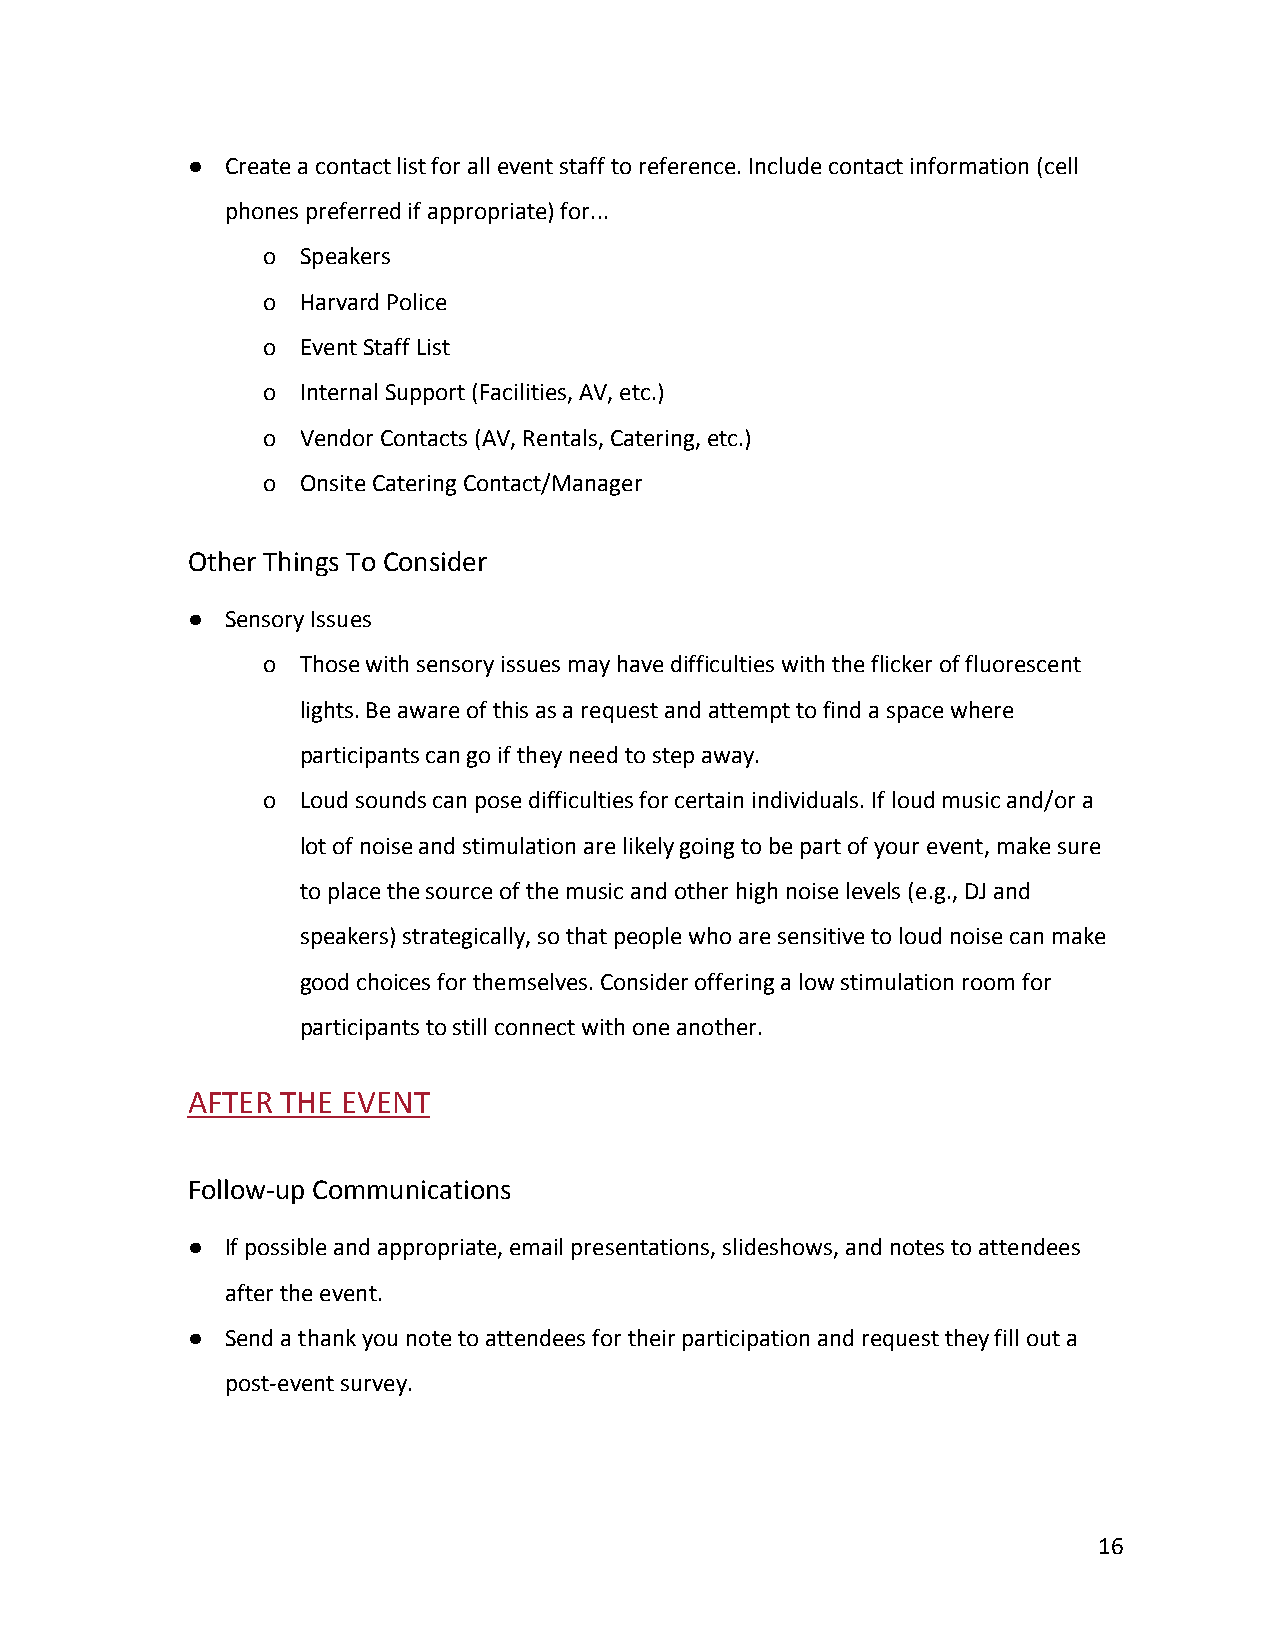
●  Create a contact list for all event staff to reference. Include contact information (cell
 phones preferred if appropriate) for...
 o  Speakers
 o  Harvard Police
 o  Event Staff List
 o  Internal Support (Facilities, AV, etc.)
 o  Vendor Contacts (AV, Rentals, Catering, etc.)
 o  Onsite Catering Contact/Manager
 Other Things To Consider
 ●  Sensory Issues
 o  Those with sensory issues may have difficulties with the flicker of fluorescent
 lights. Be aware of this as a request and attempt to find a space where
 participants can go if they need to step away.
 o  Loud sounds can pose difficulties for certain individuals. If loud music and/or a
 lot of noise and stimulation are likely going to be part of your event, make sure
 to place the source of the music and other high noise levels (e.g., DJ and
 speakers) strategically, so that people who are sensitive to loud noise can make
 good choices for themselves. Consider offering a low stimulation room for
 participants to still connect with one another.
 AFTER  THE EVENT
 Follow-up Communications
 ●  If possible and appropriate, email presentations, slideshows, and notes to attendees
 after the event.
 ●  Send a thank you note to attendees for their participation and request they fill out a
 post-event survey.
 16